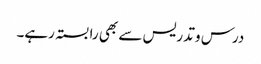
درس و تدریس سے بھی رابستہ رہے۔